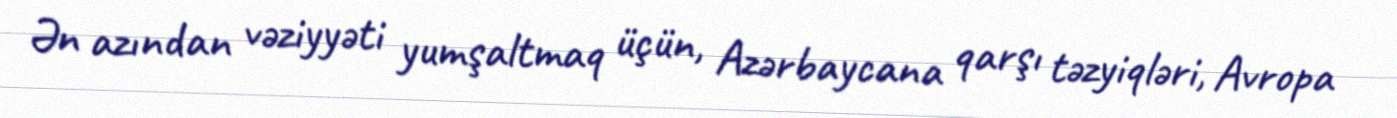
Ən azından vəziyyəti yumşaltmaq üçün, Azərbaycana qarşı təzyiqləri, Avropa